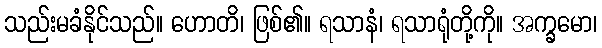
သည်းမခံနိုင်သည်။ ဟောတိ၊ ဖြစ်၏။ ရသာနံ၊ ရသာရုံတို့ကို။ အက္ခမော၊